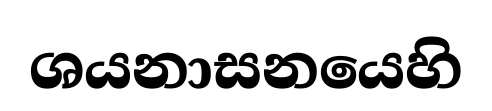
ශයනාසනයෙහි